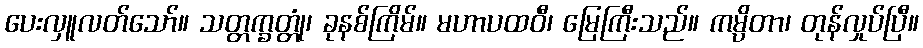
ပေးလှူလတ်သော်။ သတ္တက္ခတ္တုံ၊ ခုနစ်ကြိမ်။ မဟာပထဝီ၊ မြေကြီးသည်။ ကမ္ပိတာ၊ တုန်လှုပ်ပြီ။